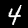
Label: 4